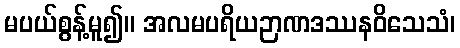
မပယ်စွန့်မူ၍။ အလမပရိယဉာဏဒဿနဝိသေသံ၊